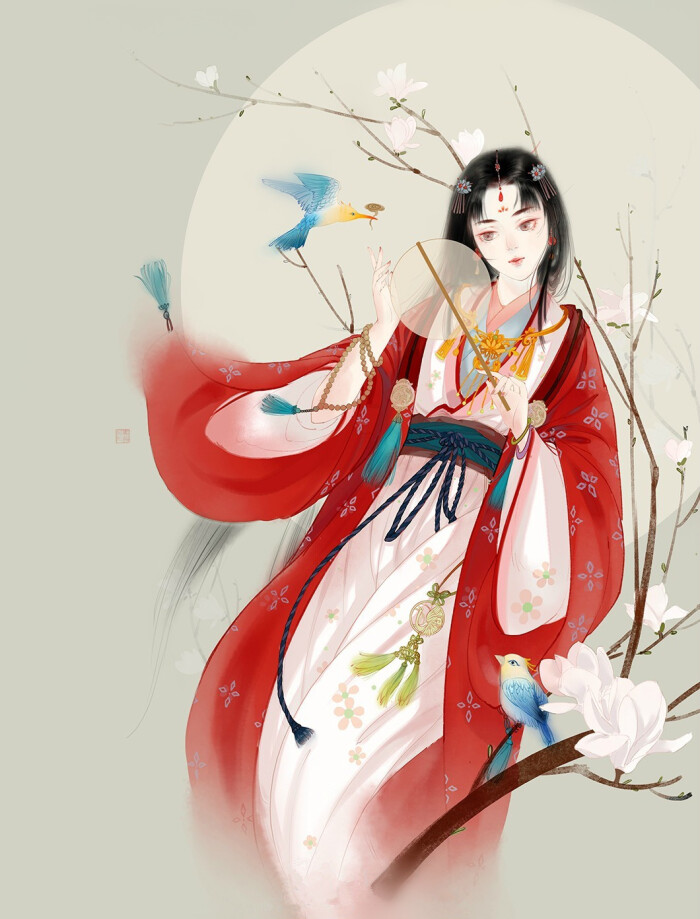
芙蓉老秋霜，团扇羞网尘。